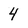
Character: 4